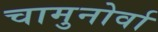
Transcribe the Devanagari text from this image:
चामुनोर्वा